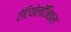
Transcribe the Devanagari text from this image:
ऐटियोलॉजिकल